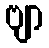
ဗျာ